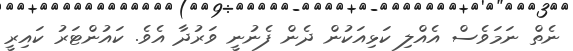
ނެތް ނަމަވެސް އެއްލި ކަޅިއަކުން ދެން ފެނުނީ ވަރުދާ އެވެ. ކައުންޓަރު ކައިރީ